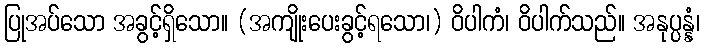
ပြုအပ်သော အခွင့်ရှိသော။ (အကျိုးပေးခွင့်ရသော၊) ဝိပါကံ၊ ဝိပါက်သည်။ အနုပ္ပန္နံ၊